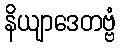
နိယျာဒေတဗ္ဗံ